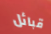
قبائل